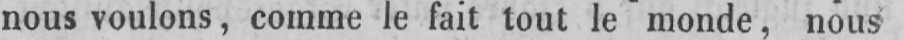
nous voulons, comme le fait tout le monde, nous